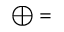
\bigoplus =